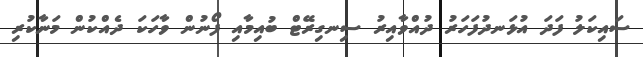
ސައިކަލު ފަދަ އުޅަނދުފަހަރު ދުއްވާއިރު ސިނގިރޭޓް ބުއިމާއި ފޯނުން ވާހަކަ ދެއްކުން މަނާކުރި